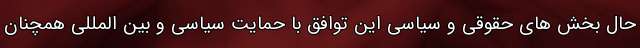
حال بخش های حقوقی و سیاسی این توافق با حمایت سیاسی و بین المللی همچنان